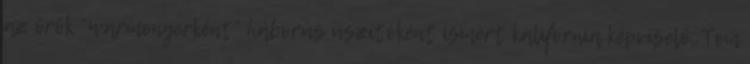
az örök “warmongerként” háborús uszítóként ismert kalifornia képviselő, Tom